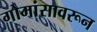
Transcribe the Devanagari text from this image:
गोमांसावरून